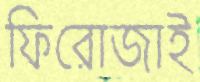
ফিরোজাই